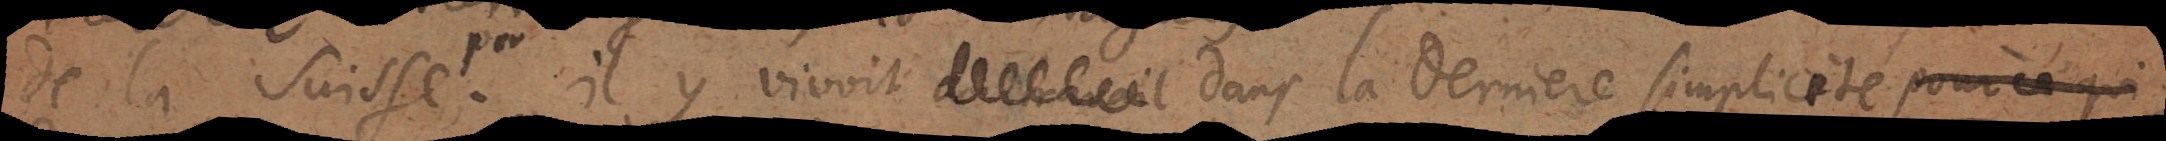
de la Suisse ou il y vivoit du travail dans la dernière simplicité pour ce qui